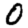
Digit: 0